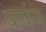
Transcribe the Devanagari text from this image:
बचंग